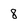
Character: 8